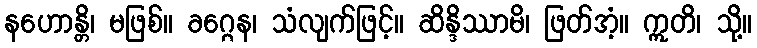
နဟောန္တိ၊ မဖြစ်။ ခဂ္ဂေန၊ သံလျက်ဖြင့်။ ဆိန္ဒိဿာမိ၊ ဖြတ်အံ့။ ဣတိ၊ သို့။